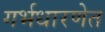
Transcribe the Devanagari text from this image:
गर्भधारणेत